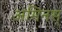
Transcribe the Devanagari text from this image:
अमिनस्